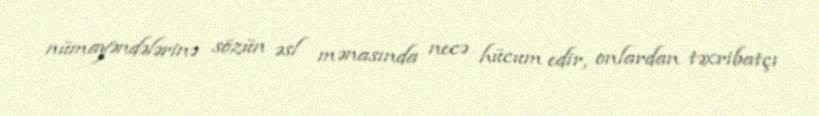
nümayəndələrinə sözün əsl mənasında necə hücum edir, onlardan təxribatçı